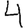
Digit: 4